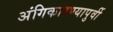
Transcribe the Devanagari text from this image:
अंगिकारण्यापुर्वी